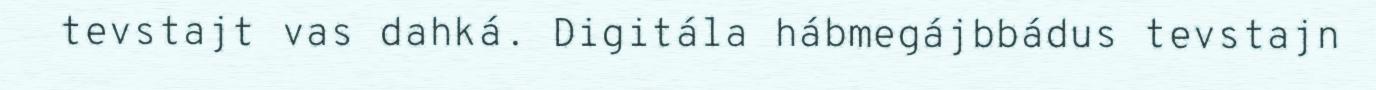
tevstajt vas dahká. Digitála hábmegájbbádus tevstajn